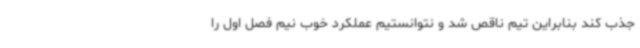
جذب کند بنابراین تیم ناقص شد و نتوانستیم عملکرد خوب نیم فصل اول را